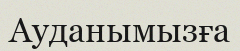
Ауданымызға